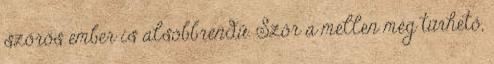
szőrös ember is alsóbbrendű. Szőr a mellen még tűrhető,